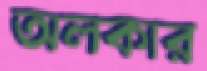
অলকার